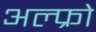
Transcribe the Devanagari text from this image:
अल्फ्रो